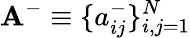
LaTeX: \mathbf{A}^{-}\equiv\{ a_{ij}^{-}\} _{i,j=1}^{N}